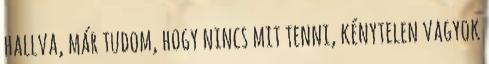
hallva, már tudom, hogy nincs mit tenni, kénytelen vagyok